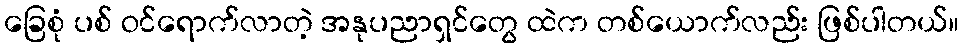
ခြေစုံ ပစ် ဝင်ရောက်လာတဲ့ အနုပညာရှင်တွေ ထဲက တစ်ယောက်လည်း ဖြစ်ပါတယ်။